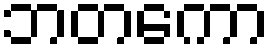
ဘတကော